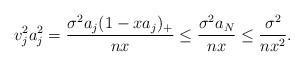
LaTeX: \begin{align*}v_j^2 a_j^2=\frac{\sigma^2 a_j(1-x a_j)_+}{nx}\leq\frac{\sigma^2 a_N}{nx}\leq\frac{\sigma^2}{nx^2}.\end{align*}